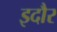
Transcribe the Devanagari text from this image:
इदौर